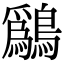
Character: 𫛔